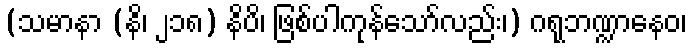
(သမာနာ (နိ၊ ၂၁၈) နိပိ၊ ဖြစ်ပါကုန်သော်လည်း၊) ဂရုဘဏ္ဍာနေဝ၊